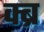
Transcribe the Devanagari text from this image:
क्ब्र